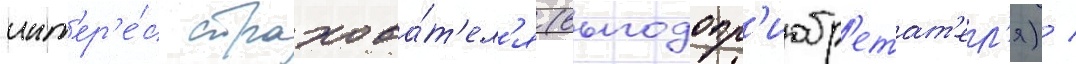
инт'ер'е́с страхова́т'ел'я (выгодопр'иобр'етат'ел'я) /